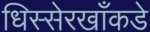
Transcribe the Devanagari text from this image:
धिस्सेरखाँकडे